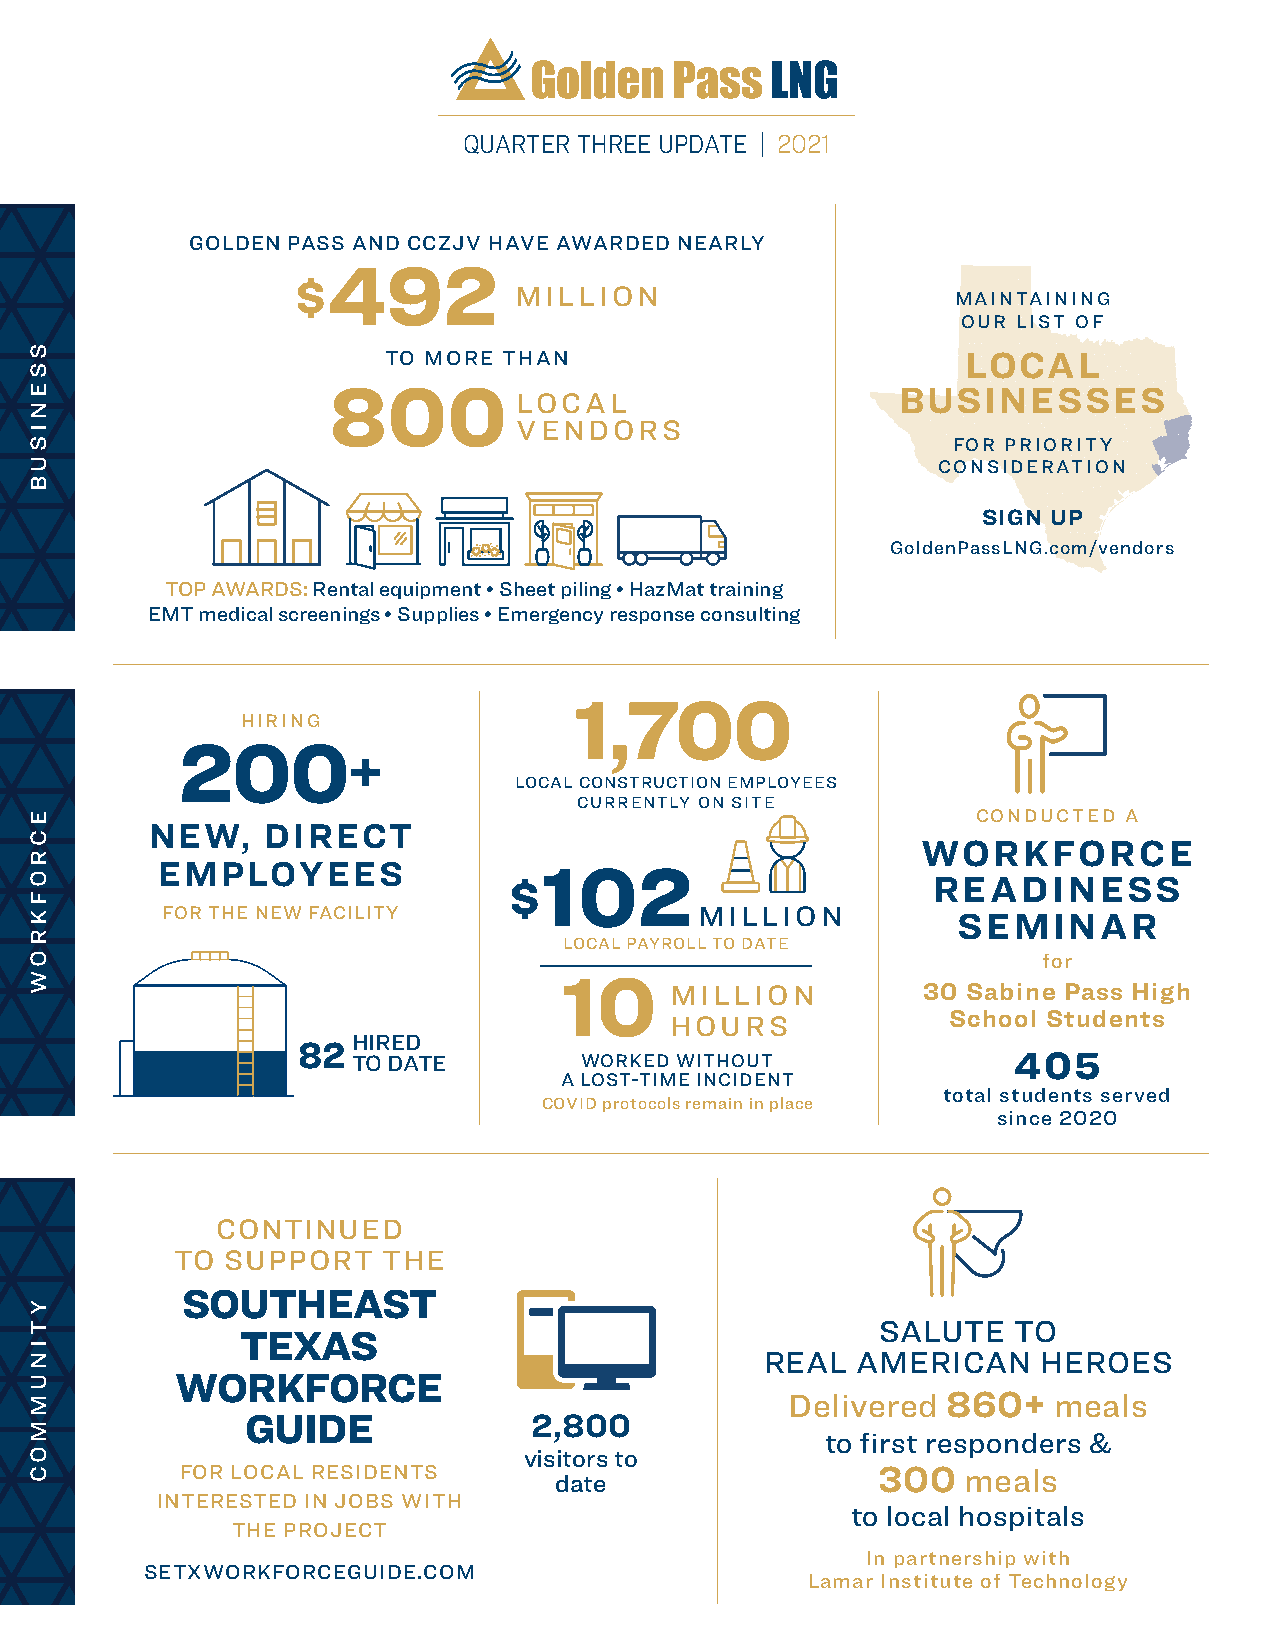
QUARTER THREE UPDATE | 2021
 GOLDEN PASS AND CCZJV HAVE AWARDED NEARLY
 492
 $             MILLION                      MAINTAINING
 OUR LIST OF
 TO MORE THAN                          LOCAL
 800         LOCAL                     BUSINESSES
 VENDORS
 FOR PRIORITY
 CONSIDERATION
 SIGN UP
 GoldenPassLNG.com/vendors
 TOP AWARDS: Rental equipment • Sheet piling • HazMat training
 EMT medical screenings • Supplies • Emergency response consulting
 1,700
 HIRING
 200
 +
 LOCAL CONSTRUCTION EMPLOYEES
 CURRENTLY ON SITE
 CONDUCTED A
 NEW,    DIRECT
 WORKFORCE
 EMPLOYEES
 102
 READINESS
 $
 FOR THE NEW FACILITY               MILLION
 SEMINAR
 LOCAL PAYROLL TO DATE
 for
 10     MILLION          30 Sabine Pass High
 HOURS              School Students
 HIRED
 82
 TO DATE        WORKED WITHOUT               405
 A LOST-TIME INCIDENT
 total students served
 COVID protocols remain in place
 since 2020
 CONTINUED
 TO SUPPORT   THE
 SOUTHEAST
 SALUTE   TO
 TEXAS
 REAL  AMERICAN    HEROES
 WORKFORCE
 Delivered  860+   meals
 GUIDE              2,800
 to first responders &
 visitors to
 FOR LOCAL RESIDENTS      date                 300   meals
 INTERESTED IN JOBS WITH
 to local hospitals
 THE PROJECT
 In partnership with
 SETXWORKFORCEGUIDE.COM
 Lamar Institute of Technology
 SSENISUB
 ECROFKROW
 YTINUMMOC